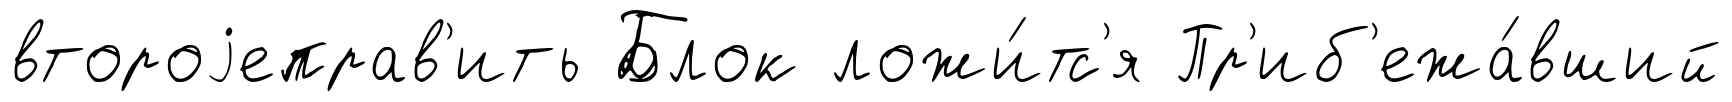
второjеправ'ить Блок ложи́тс'я Пр'иб'ежа́вший